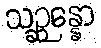
သဉ္ဆန္နော